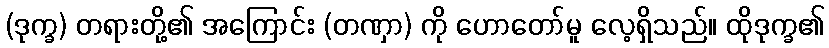
(ဒုက္ခ) တရားတို့၏ အကြောင်း (တဏှာ) ကို ဟောတော်မူ လေ့ရှိသည်။ ထိုဒုက္ခ၏